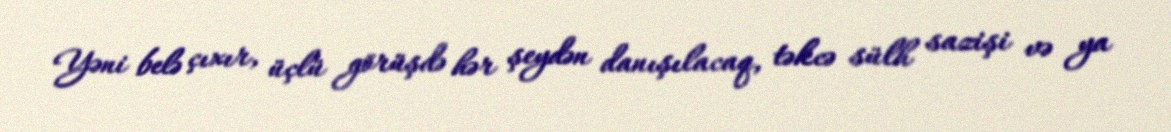
Yəni belə çıxır, üçlü görüşdə hər şeydən danışılacaq, təkcə sülh sazişi və ya